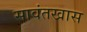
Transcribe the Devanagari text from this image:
सावंतखास